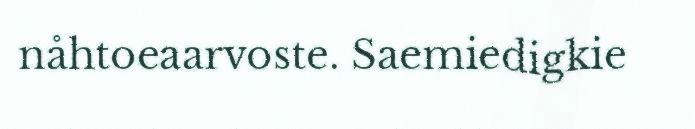
nåhtoeaarvoste. Saemiedigkie